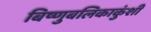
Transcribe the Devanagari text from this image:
बिष्णुबलिकाकुंशी